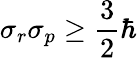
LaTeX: \sigma_{r}\sigma_{p}\geq{\frac{3}{2}}\hbar